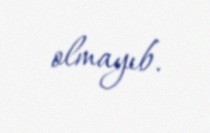
olmayıb.